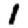
Digit: 1